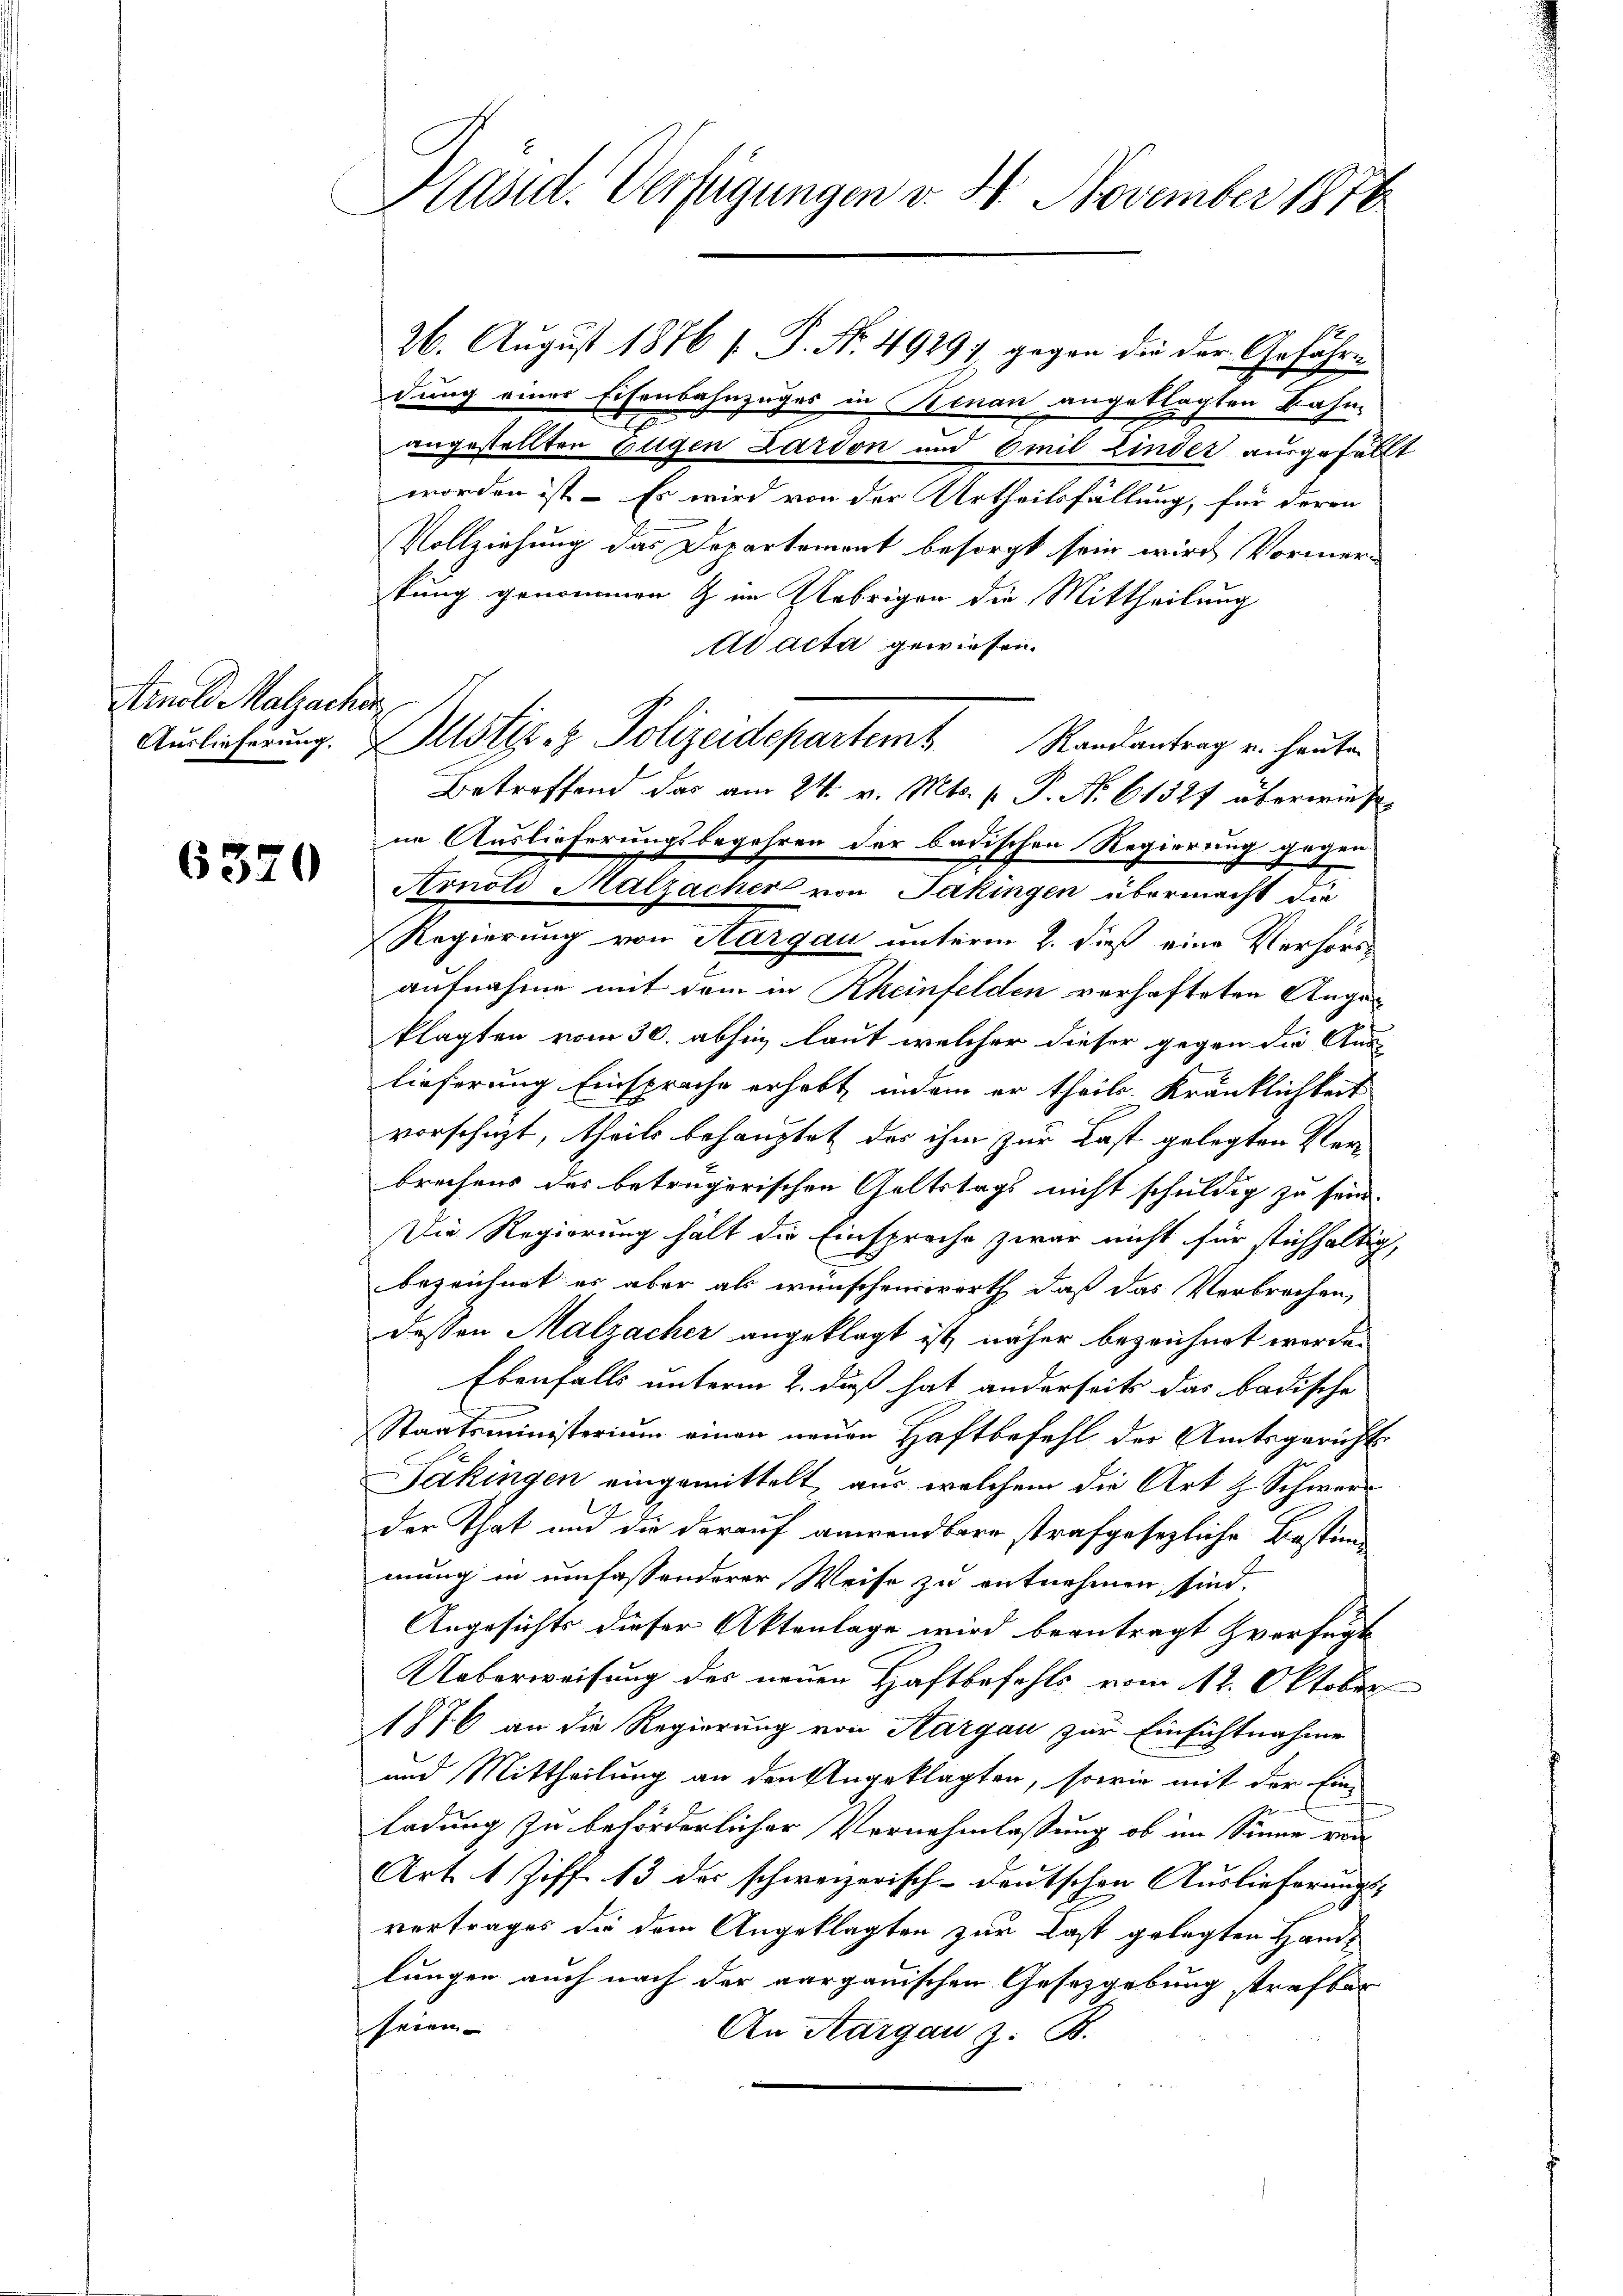
Arnold Malzacher

6320

Käsid. Verfügungen v. 4. November 1876

dung einer Eisenbahnzuges in Renau angeklagten Bahn-
angestellten Eugen Zardon und Emil finder ausgefällt
worden ist. Es wird von der Urtheilsfällung, für deren
Vollziehung das Departement besorgt sein wird Vormerkung genommen & im Uebrigen die Mittheilung
Ad acta gewiesen.
Betreffend das am 24. v. Mts. p. P. Nr. 61321 überwiese
ne Auslieferungsbegehren der badischen Regierung gegen
Arnold Malzacher von Jakingen übermacht die
Regierung von Aargau unterm 2. dieß eine Verhörd-
aufnahme mit dem in Rheinfelden verhafteten Angeklagten vom 30. abhin, laut welcher dieser gegen die Ana-
lieferung Einsprache erhebt inein er theils. Kränklichkeit
vorschüzt, theils behauptet das ihm zur Last gelegten Ver-
brechens des betrügerischen Geltstags nicht schuldig zu sein.
Die Regierung hält die Einsprache zwar nicht für stichhaltig,
bezeichnet es aber als wünschenswerth, daß das Verbrechen,
dessen Malzacher angeklagt ist, näher bezeichnet werde.
Ebenfalls unterm 2. daß hat anderseits das badische
Staatsministerium einen neuen Haftbefehl der Amtsgericht
Säkingen eingemittelt, aus welchem die Art z. Schwere
der That und die darauf anwendbare strafgesezliche Bestim
mung in umfassenderer Weise zu entnehmen, sind.
Angesichts dieser Aktenlage wird beantragt verfügte
Ueberweisung des neuen Haftbefehls vom 12. Oktober
1876 an die Regierung von Aargau zur Einsichtnahme
und Mittheilung an den Angeklagten, sowie mit der Ein-
ladung zu beförderlicher Vernehmlassung ob im Sinne ver
Art. 1 Ziff. 13 der schweizerisch-deutschen Auslieferungs-
vertrages die dem Angeklagten zur Last gelegten Handlungen auch nach der aargauischen Gesetzgebung strafbar
seien
An Aargau z. B.

Auslieferung. Allster z. Polizeidepartemt. Randantrag u. heute

26. August 1876 f. P. Nr. 4929 gegen die der Gefähr¬